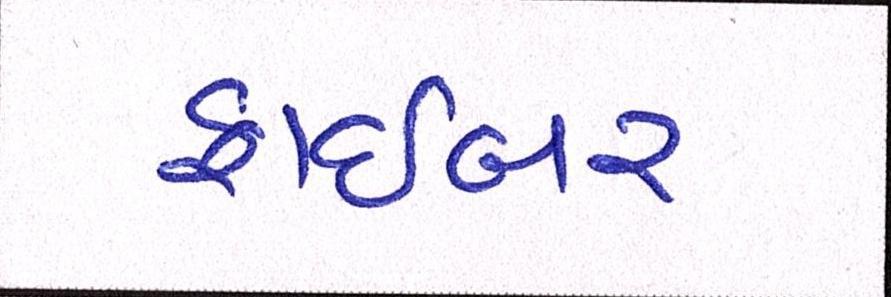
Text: ફાઇબર